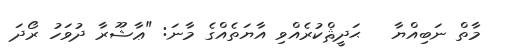
މާތް ނަބިއްޔާ   ޙަދީޘްކުރެއްވި އާޔަތެއްގެ މާނަ: "ޢާޝޫރާ ދުވަހު ރޯދަ